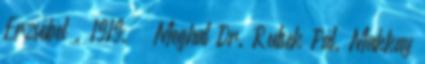
Erzsébet . 1919. – Meghal Dr. Rutsek Pál. Makkay